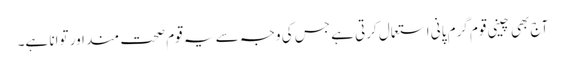
آج بھی چینی قوم گرم پانی استعمال کرتی ہے جس کی وجہ سے یہ قوم صحت مند اور توانا ہے۔